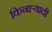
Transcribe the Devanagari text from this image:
किनार्‍याची